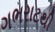
ગભરાટથી